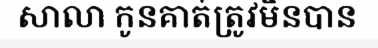
សាលា កូនគាត់ត្រូវមិនបាន